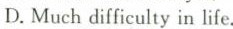
D.Muchdifficulty in life.